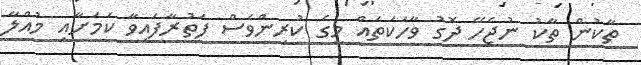
ތާކުން ތާކު ނުޖެހޭ ދޮގު ވާހަކަތައް މީގެ ކުރިންވެސް ފަތުރާފައިވާ ކަމަށާއި މުއްލާ